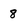
Character: 8